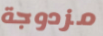
مزدوجة